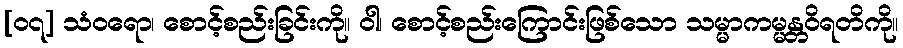
[၀၇] သံဝရော၊ စောင့်စည်းခြင်းကို။ ဝါ၊ စောင့်စည်းကြောင်းဖြစ်သော သမ္မာကမ္မန္တဝိရတိကို။